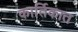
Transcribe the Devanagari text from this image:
कार्तिकात